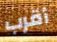
أقرب